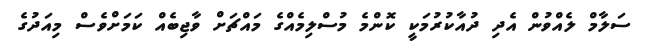
ސަލާމް ލެއްވުން އެދި ދުއާކުރުމަކީ ކޮންމެ މުސްލިމެއްގެ މައްޗަށް ވާޖިބެއް ކަމަށްވެސް މިއަދުގެ